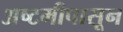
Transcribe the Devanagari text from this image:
अष्टमीपासून